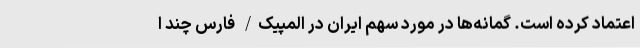
اعتماد کرده است. گمانه‌ها در مورد سهم ایران در المپیک/ فارس چند ا